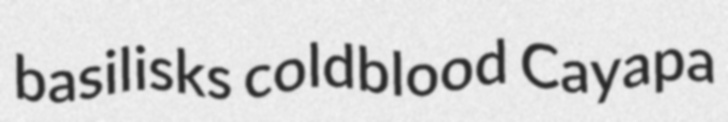
basilisks coldblood Cayapa